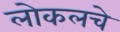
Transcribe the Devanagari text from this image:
लोकलचे